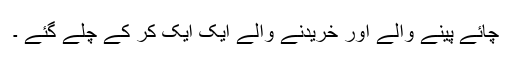
چائے پینے والے اور خریدنے والے ایک ایک کر کے چلے گئے ۔